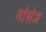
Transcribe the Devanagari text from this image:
गोसेज